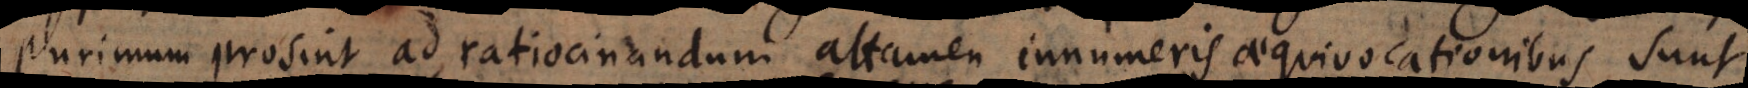
plurimum prosint ad ratiocinandum, attamen innumeris aequivocationibus sunt